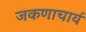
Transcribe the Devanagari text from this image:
जकणाचार्य